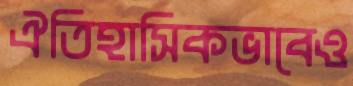
ঐতিহাসিকভাবেও